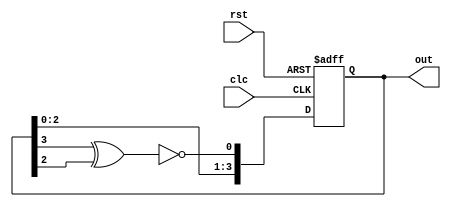
`timescale 1ns / 1ps
//////////////////////////////////////////////////////////////////////////////////
// Company: 
// Engineer: 
// 
// Design Name: 
// Module Name: lfsr
// Project Name: 
// Target Devices: 
// Tool Versions: 
// Description: 
// 
// Dependencies: 
// 
// Revision:
// Revision 0.01 - File Created
// Additional Comments:
// 
//////////////////////////////////////////////////////////////////////////////////


module lfsr(out,clc,rst);
output reg [3:0] out;
input clc, rst;
wire feedback;
assign feedback = ~(out[3] ^ out[2]);
always @(posedge clc, posedge rst)
 begin
 if (rst)
 out = 4'b0;
 else
 out = {out[2:0],feedback};
  end
endmodule